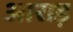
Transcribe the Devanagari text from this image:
आराड़